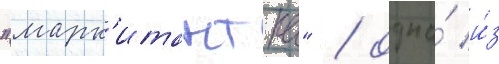
"марк'итантка" / одна́ и́з